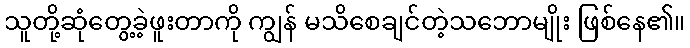
သူတို့ဆုံတွေ့ခဲ့ဖူးတာကို ကျွန် မသိစေချင်တဲ့သဘောမျိုး ဖြစ်နေ၏။